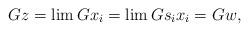
LaTeX: \begin{align*}Gz=\lim Gx_i=\lim Gs_ix_i=Gw,\end{align*}